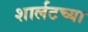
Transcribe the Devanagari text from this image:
शार्लटच्या